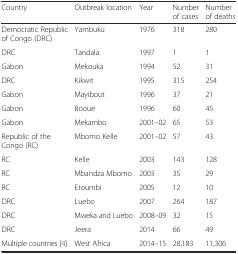
<table><thead><tr><td><b>Country</b></td><td><b>Outbreak location</b></td><td><b>Year</b></td><td><b>Number of cases</b></td><td><b>Number of deaths</b></td></tr></thead><tbody><tr><td>Democratic Republic of Congo (DRC)</td><td>Yambuku</td><td>1976</td><td>318</td><td>280</td></tr><tr><td>DRC</td><td>Tandala</td><td>1997</td><td>1</td><td>1</td></tr><tr><td>Gabon</td><td>Mekouka</td><td>1994</td><td>52</td><td>31</td></tr><tr><td>DRC</td><td>Kikwit</td><td>1995</td><td>315</td><td>254</td></tr><tr><td>Gabon</td><td>Mayibout</td><td>1996</td><td>37</td><td>21</td></tr><tr><td>Gabon</td><td>Booue</td><td>1996</td><td>60</td><td>45</td></tr><tr><td>Gabon</td><td>Mekambo</td><td>2001–02</td><td>65</td><td>53</td></tr><tr><td>Republic of the Congo (RC)</td><td>Mbomo Kelle</td><td>2001–02</td><td>57</td><td>43</td></tr><tr><td>RC</td><td>Kelle</td><td>2003</td><td>143</td><td>128</td></tr><tr><td>RC</td><td>Mbandza Mbomo</td><td>2003</td><td>35</td><td>29</td></tr><tr><td>RC</td><td>Etoumbi</td><td>2005</td><td>12</td><td>10</td></tr><tr><td>DRC</td><td>Luebo</td><td>2007</td><td>264</td><td>187</td></tr><tr><td>DRC</td><td>Mweka and Luebo</td><td>2008–09</td><td>32</td><td>15</td></tr><tr><td>DRC</td><td>Jeera</td><td>2014</td><td>66</td><td>49</td></tr><tr><td>Multiple countries [4]</td><td>West Africa</td><td>2014–15</td><td>28,183</td><td>11,306</td></tr></tbody></table>